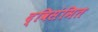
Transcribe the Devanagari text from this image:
द्विसंमित